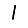
Digit: 1